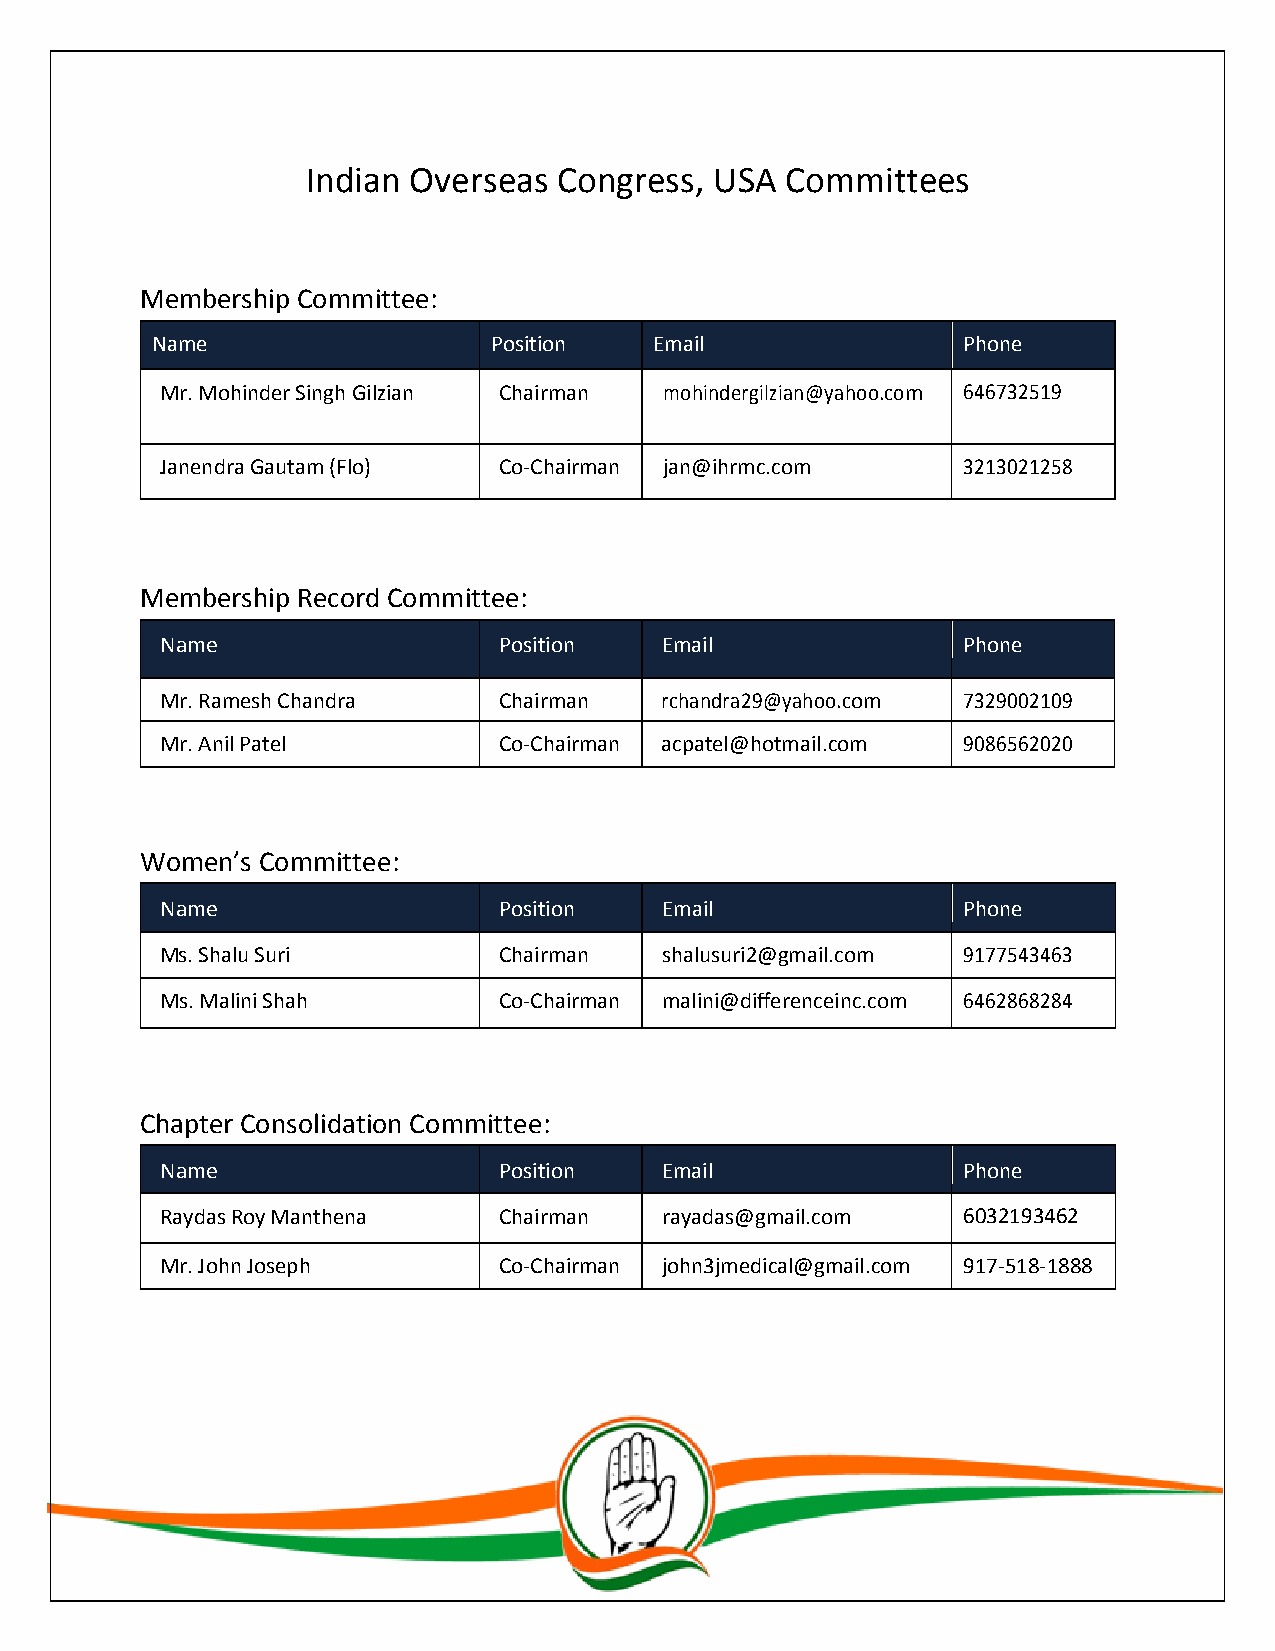
Indian Overseas  Congress, USA  Committees
 Membership Committee:
 Name                  Position   Email                Phone
 Mr. Mohinder Singh Gilzian Chairman mohindergilzian@yahoo.com 646732519
 Janendra Gautam (Flo) Co-Chairman jan@ihrmc.com      3213021258
 Membership Record Committee:
 Name                  Position   Email               Phone
 Mr. Ramesh Chandra    Chairman   rchandra29@yahoo.com 7329002109
 Mr. Anil Patel        Co-Chairman acpatel@hotmail.com 9086562020
 Women’s Committee:
 Name                  Position   Email               Phone
 Ms. Shalu Suri        Chairman   shalusuri2@gmail.com 9177543463
 Ms. Malini Shah       Co-Chairman malini@differenceinc.com 6462868284
 Chapter Consolidation Committee:
 Name                  Position   Email               Phone
 Raydas Roy Manthena   Chairman   rayadas@gmail.com   6032193462
 Mr. John Joseph       Co-Chairman john3jmedical@gmail.com 917-518-1888